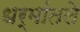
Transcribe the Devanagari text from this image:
धर्मांतले